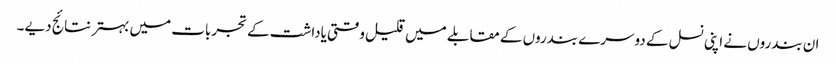
ان بندروں نے اپنی نسل کے دوسرے بندروں کے مقابلے میں قلیل وقتی یاداشت کے تجربات میں بہتر نتائج دیے۔